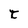
Character: t